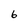
Character: 6